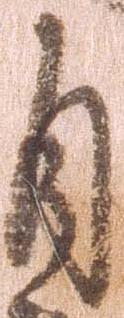
自